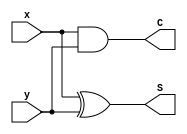
module halfadder(S, C, x, y);
 input x, y;
 output S,C;
 xor a(S, x, y);
 and b(C, x, y);
endmodule
module CarryLookAheadGenerator(C1,C2,C3,C4,P,G,C0);
 input [3:0] P,G;
 input C0;
 output C1,C2,C3,C4;
 assign C1=(P[0]&C0)|G[0];
 assign C2=G[1]|(P[1]&G[0])|(P[1]&P[0]&C0);
 assign C3=G[2]|(P[2]&G[1])|(P[2]&P[1]&G[0])|(P[2]&P[1]&P[0]&C0);
 assign C4=G[3]|(P[3]&G[2])|(P[3]&P[2]&G[1])|(P[3]&P[2]&P[1]&G[0])|(P[3]&P[2]&P[1]&P[0]&C0);
endmodule
module CarryLookAheadAdder(V,S,A,B,M);
 input [3:0] A,B;
 input M;
 output [3:0] S;
 output V;
 wire C1,C2,C3,C4;
 wire [3:0] P,G;
 halfadder HA0(P[0],G[0],A[0],B[0]^M);
 halfadder HA1(P[1],G[1],A[1],B[1]^M);
 halfadder HA2(P[2],G[2],A[2],B[2]^M);
 halfadder HA3(P[3],G[3],A[3],B[3]^M);
 CarryLookAheadGenerator CLAG(C1,C2,C3,C4,P,G,M);
 assign S[0]=P[0]^M;
 assign S[1]=P[1]^C1;
 assign S[2]=P[2]^C2;
 assign S[3]=P[3]^C3;
 assign V=C4^C3;
endmodule